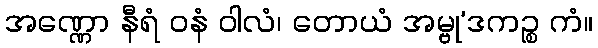
အဏ္ဏော နီရံ ဝနံ ဝါလံ၊ တောယံ အမ္ဗု’ဒကဉ္စ ကံ။